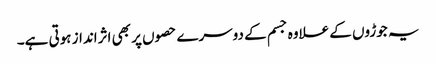
یہ جوڑوں کے علاوہ جسم کے دوسرے حصوں پر بھی اثرانداز ہوتی ہے۔